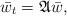
LaTeX: \begin{align*}\bar{w}_t=\mathfrak{A}\bar{w},\end{align*}